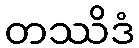
တဿိဒံ